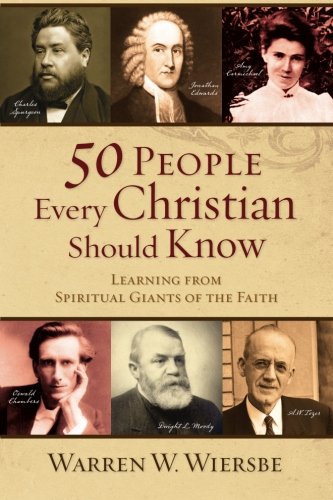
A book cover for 50 People Every Christian Should Know: Learning from Spiritual Giants of the Faith; Warren W. Wiersbe; History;